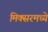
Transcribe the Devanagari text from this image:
मिक्‍सरमध्ये